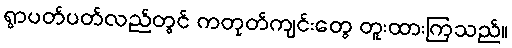
ရွာပတ်ပတ်လည်တွင် ကတုတ်ကျင်းတွေ တူးထားကြသည်။